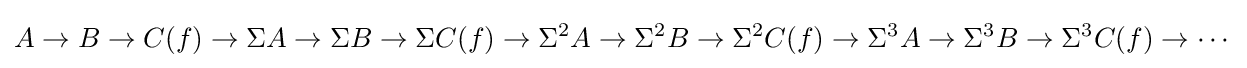
A\to B\to C(f)\to \Sigma A\to \Sigma B\to \Sigma C(f)\to \Sigma ^{2}A\to \Sigma ^{2}B\to \Sigma ^{2}C(f)\to \Sigma ^{3}A\to \Sigma ^{3}B\to \Sigma ^{3}C(f)\to \cdots